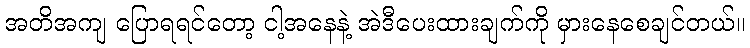
အတိအကျ ပြောရရင်တော့ ငါ့အနေနဲ့ အဲဒီပေးထားချက်ကို မှားနေစေချင်တယ်။